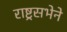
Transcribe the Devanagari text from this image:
राष्ट्रसभेने